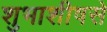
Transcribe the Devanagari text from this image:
शुभाशीषसे